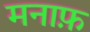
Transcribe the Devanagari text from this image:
मनाफ़